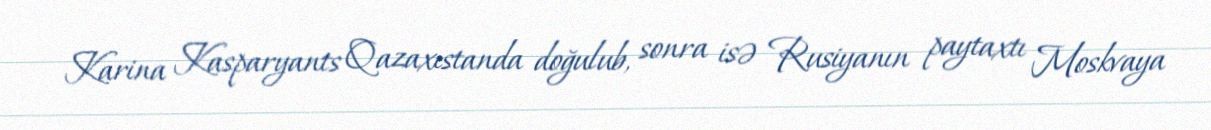
Karina Kasparyants Qazaxıstanda doğulub, sonra isə Rusiyanın paytaxtı Moskvaya